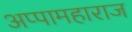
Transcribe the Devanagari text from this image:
अप्पामहाराज